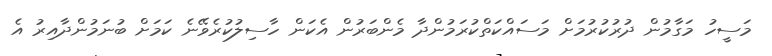
މަސީހު މަގާމުން ދުރުކުރުމަށް މަސައްކަތްކުރަމުންދާ މެންބަރުން އެކަން ހާސިލުކުރެވޭނެ ކަމަށް ބުނަމުންދާއިރު އެ